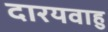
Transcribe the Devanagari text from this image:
दारयवाहु